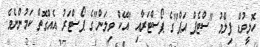
ހޮލީވުޑް ފިލްމު "ސްޓެޕް އަޕް"ގެ ޕޯސްޓަރާއި "އޭކް ވިލަން"ގެ ޕޯސްޓަރު އެއްގޮތް ކަމުންނެވެ.